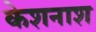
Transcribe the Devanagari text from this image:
केशनाश